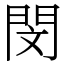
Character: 閔